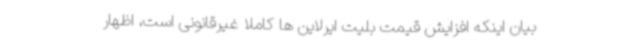
بیان اینکه افزایش قیمت بلیت ایرلاین ها کاملا غیرقانونی است، اظهار